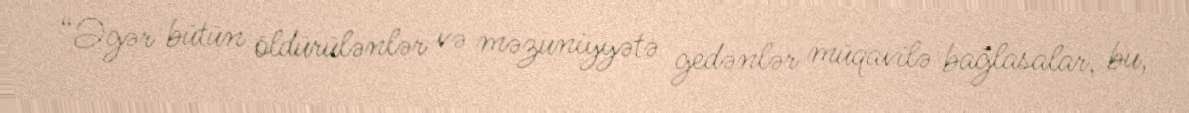
“Əgər bütün öldürülənlər və məzuniyyətə gedənlər müqavilə bağlasalar, bu,